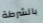
بالشرطة